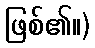
ဖြစ်၏။)